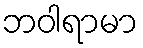
ဘဝါရာမာ